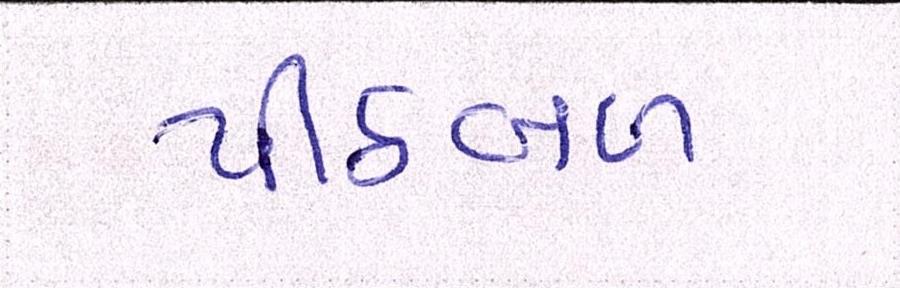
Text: પીઠબળ